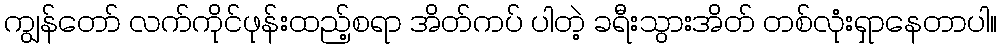
ကျွန်တော် လက်ကိုင်ဖုန်းထည့်စရာ အိတ်ကပ် ပါတဲ့ ခရီးသွားအိတ် တစ်လုံးရှာနေတာပါ။